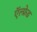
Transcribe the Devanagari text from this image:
ऍल्फ्रेड